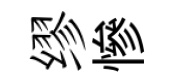
缪慘